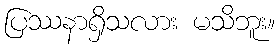
ပြဿနာရှိသလား မသိဘူး။